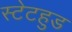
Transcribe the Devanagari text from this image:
स्टेटहुड